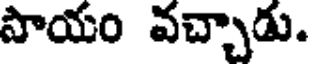
సాయం వచ్చాడు.